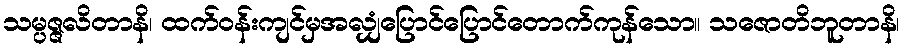
သမ္ပဇ္ဇလိတာနိ၊ ထက်ဝန်းကျင်မှအလျှံပြောင်ပြောင်တောက်ကုန်သော။ သဇောတိဘူတာနိ၊